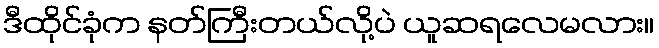
ဒီထိုင်ခုံက နတ်ကြီးတယ်လို့ပဲ ယူဆရလေမလား။